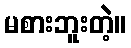
မစားဘူးတဲ့။